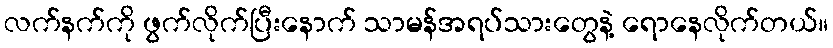
လက်နက်ကို ဖွက်လိုက်ပြီးနောက် သာမန်အရပ်သားတွေနဲ့ ရောနေလိုက်တယ်။